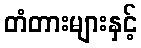
တံတားများနှင့်